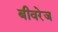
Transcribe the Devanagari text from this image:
बीवरेज